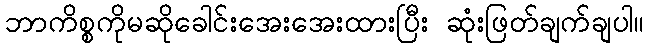
ဘာကိစ္စကိုမဆိုခေါင်းအေးအေးထားပြီး ဆုံးဖြတ်ချက်ချပါ။